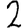
Digit: 2